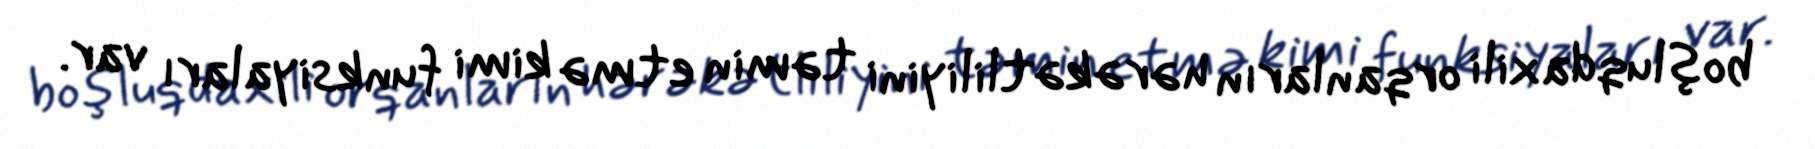
boşluqdaxili orqanların hərəkətliliyini təmin etmə kimi funksiyaları var.